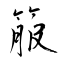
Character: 箙